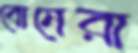
বোনেরা